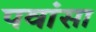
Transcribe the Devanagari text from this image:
पवांसा